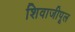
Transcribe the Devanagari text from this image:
शिवाजीपूल